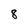
Character: 8